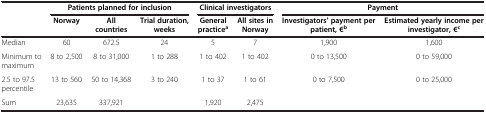
<table><thead><tr><td><b> </b></td><td colspan="3"><b>Patients planned for inclusion</b></td><td colspan="2"><b>Clinical investigators</b></td><td colspan="2"><b>Payment</b></td></tr><tr><td><b> </b></td><td><b>Norway</b></td><td><b>All countries</b></td><td><b>Trial duration, weeks</b></td><td><b>General practice<sup>a</sup></b></td><td><b>All sites in Norway</b></td><td><b>Investigators&#x27; payment per patient, €<sup>b</sup></b></td><td><b>Estimated yearly income per investigator, €<sup>c</sup></b></td></tr></thead><tbody><tr><td>Median</td><td>60</td><td>672.5</td><td>24</td><td>5</td><td>7</td><td>1,900</td><td>1,600</td></tr><tr><td>Minimum to maximum</td><td>8 to 2,500</td><td>8 to 31,000</td><td>1 to 288</td><td>1 to 402</td><td>1 to 402</td><td>0 to 13,500</td><td>0 to 59,000</td></tr><tr><td>2.5 to 97.5 percentile</td><td>13 to 560</td><td>50 to 14,368</td><td>3 to 240</td><td>1 to 37</td><td>1 to 61</td><td>0 to 7,500</td><td>0 to 25,000</td></tr><tr><td>Sum</td><td>23,635</td><td>337,921</td><td> </td><td>1,920</td><td>2,475</td><td> </td><td> </td></tr></tbody></table>